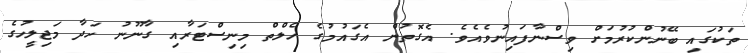
ތަކުގައި ބޭނުންކުރުމަށް ވިސްނާފައިނުވެއެވެ. އެގޮތުން އެގައުމުގެ ހެލްތް މިނިސްޓަރާއި ގާނޫނު ހަދާ މަޖިލީހުގެ